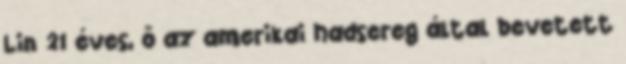
Lin 21 éves, ő az amerikai hadsereg által bevetett